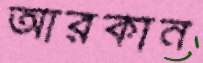
আরকান